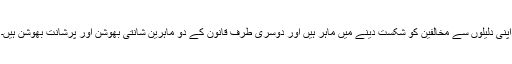
اپنی دلیلوں سے مخالفین کو شکست دینے میں ماہر ہیں اور دوسری طرف قانون کے دو ماہرین شانتی بھوشن اور پرشانت بھوشن ہیں۔